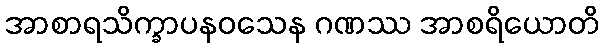
အာစာရသိက္ခာပနဝသေန ဂဏဿ အာစရိယောတိ